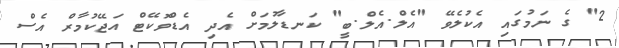
2" ގެ ނަމުގައި އެކުލެވޭ "އެލް.އެލް.ބީ" ކަނޑާލުމަށް އެދި އެޑްވޮކޭޓް އަޖޭކުމާރް އެސް